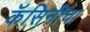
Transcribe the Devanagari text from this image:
कॅसिनीचा